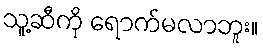
သူ့ဆီကို ရောက်မလာဘူး။